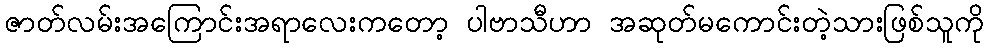
ဇာတ်လမ်းအကြောင်းအရာလေးကတော့ ပါဗာသီဟာ အဆုတ်မကောင်းတဲ့သားဖြစ်သူကို